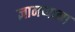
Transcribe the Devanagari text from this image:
ज्ञानप्पाना